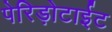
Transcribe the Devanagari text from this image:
पेरिड़ोटाईट